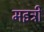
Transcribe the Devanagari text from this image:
मइत्री